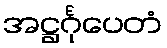
အဋ္ဌင်္ဂုပေတံ